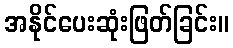
အနိုင်ပေးဆုံးဖြတ်ခြင်း။